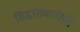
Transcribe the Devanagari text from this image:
सिद्धांतकारियों